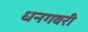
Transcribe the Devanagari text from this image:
धनगवरी